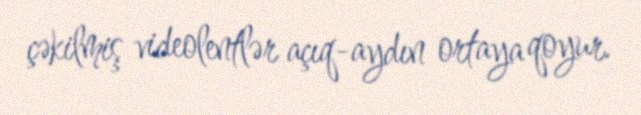
çəkilmiş videolentlər açıq-aydın ortaya qoyur.